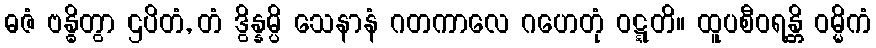
ဓဇံ ဗန္ဓိတွာ ဌပိတံ, တံ ဒွိန္နမ္ပိ သေနာနံ ဂတကာလေ ဂဟေတုံ ဝဋ္ဋတိ။ ထူပစီဝရန္တိ ဝမ္မိကံ